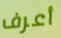
أعرف